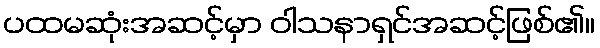
ပထမဆုံးအဆင့်မှာ ဝါသနာရှင်အဆင့်ဖြစ်၏။